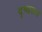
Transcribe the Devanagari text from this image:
दृष्यरूप